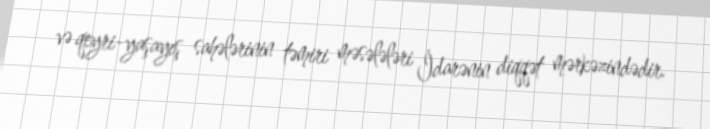
və qeyri-yaşayış sahələrinin təmiri məsələləri İdarənin diqqət mərkəzindədir.